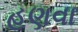
હણવા